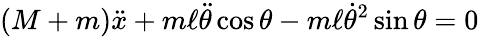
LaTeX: (M+m){\ddot{x}}+m\ell{\ddot{\theta}}\cos\theta-m\ell{\dot{\theta}}^{2}\sin\theta=0